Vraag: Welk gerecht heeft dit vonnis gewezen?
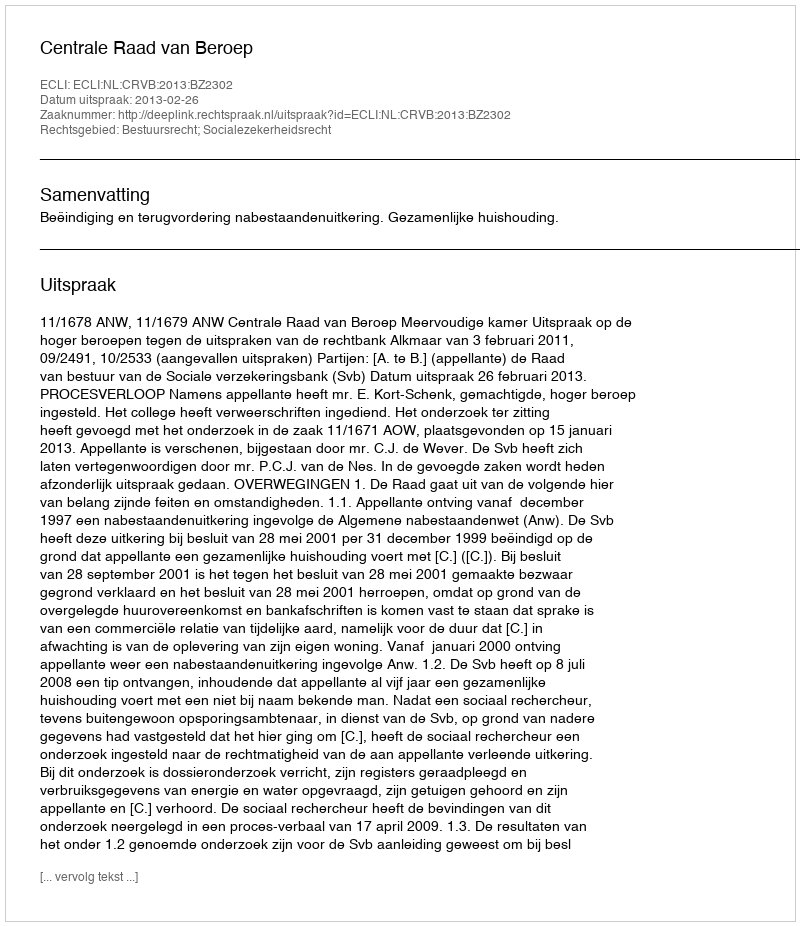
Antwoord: Centrale Raad van Beroep